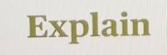
Explain